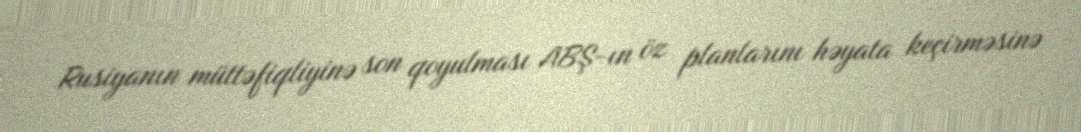
Rusiyanın müttəfiqliyinə son qoyulması ABŞ-ın öz planlarını həyata keçirməsinə